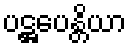
ပဋ္ဌပေန္တိယာ